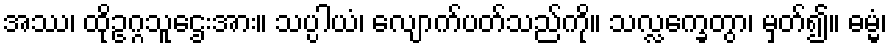
အဿ၊ ထိုဥဂ္ဂသူဌေးအား။ သပ္ပါယံ၊ လျောက်ပတ်သည်ကို။ သလ္လက္ခေတွာ၊ မှတ်၍။ ဓမ္မံ၊